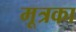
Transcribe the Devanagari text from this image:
मूत्रका